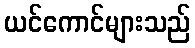
ယင်ကောင်များသည်